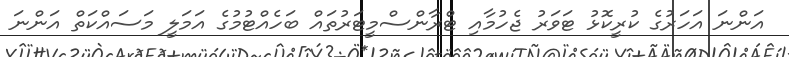
އަންނަ އަހަރުގެ ކުރީކޮޅު ޓަވަރު ޖެހުމާއި ޓްރާންސްމީޓަރުތައް ބަހެއްޓުމުގެ އަމަލީ މަސައްކަތް އަންނަ